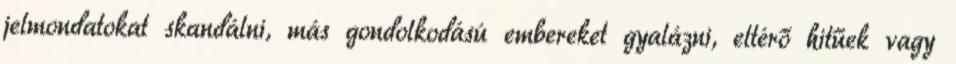
jelmondatokat skandálni, más gondolkodású embereket gyalázni, eltérő hitűek vagy